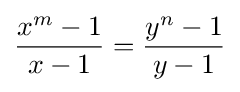
{\frac {x^{m}-1}{x-1}}={\frac {y^{n}-1}{y-1}}